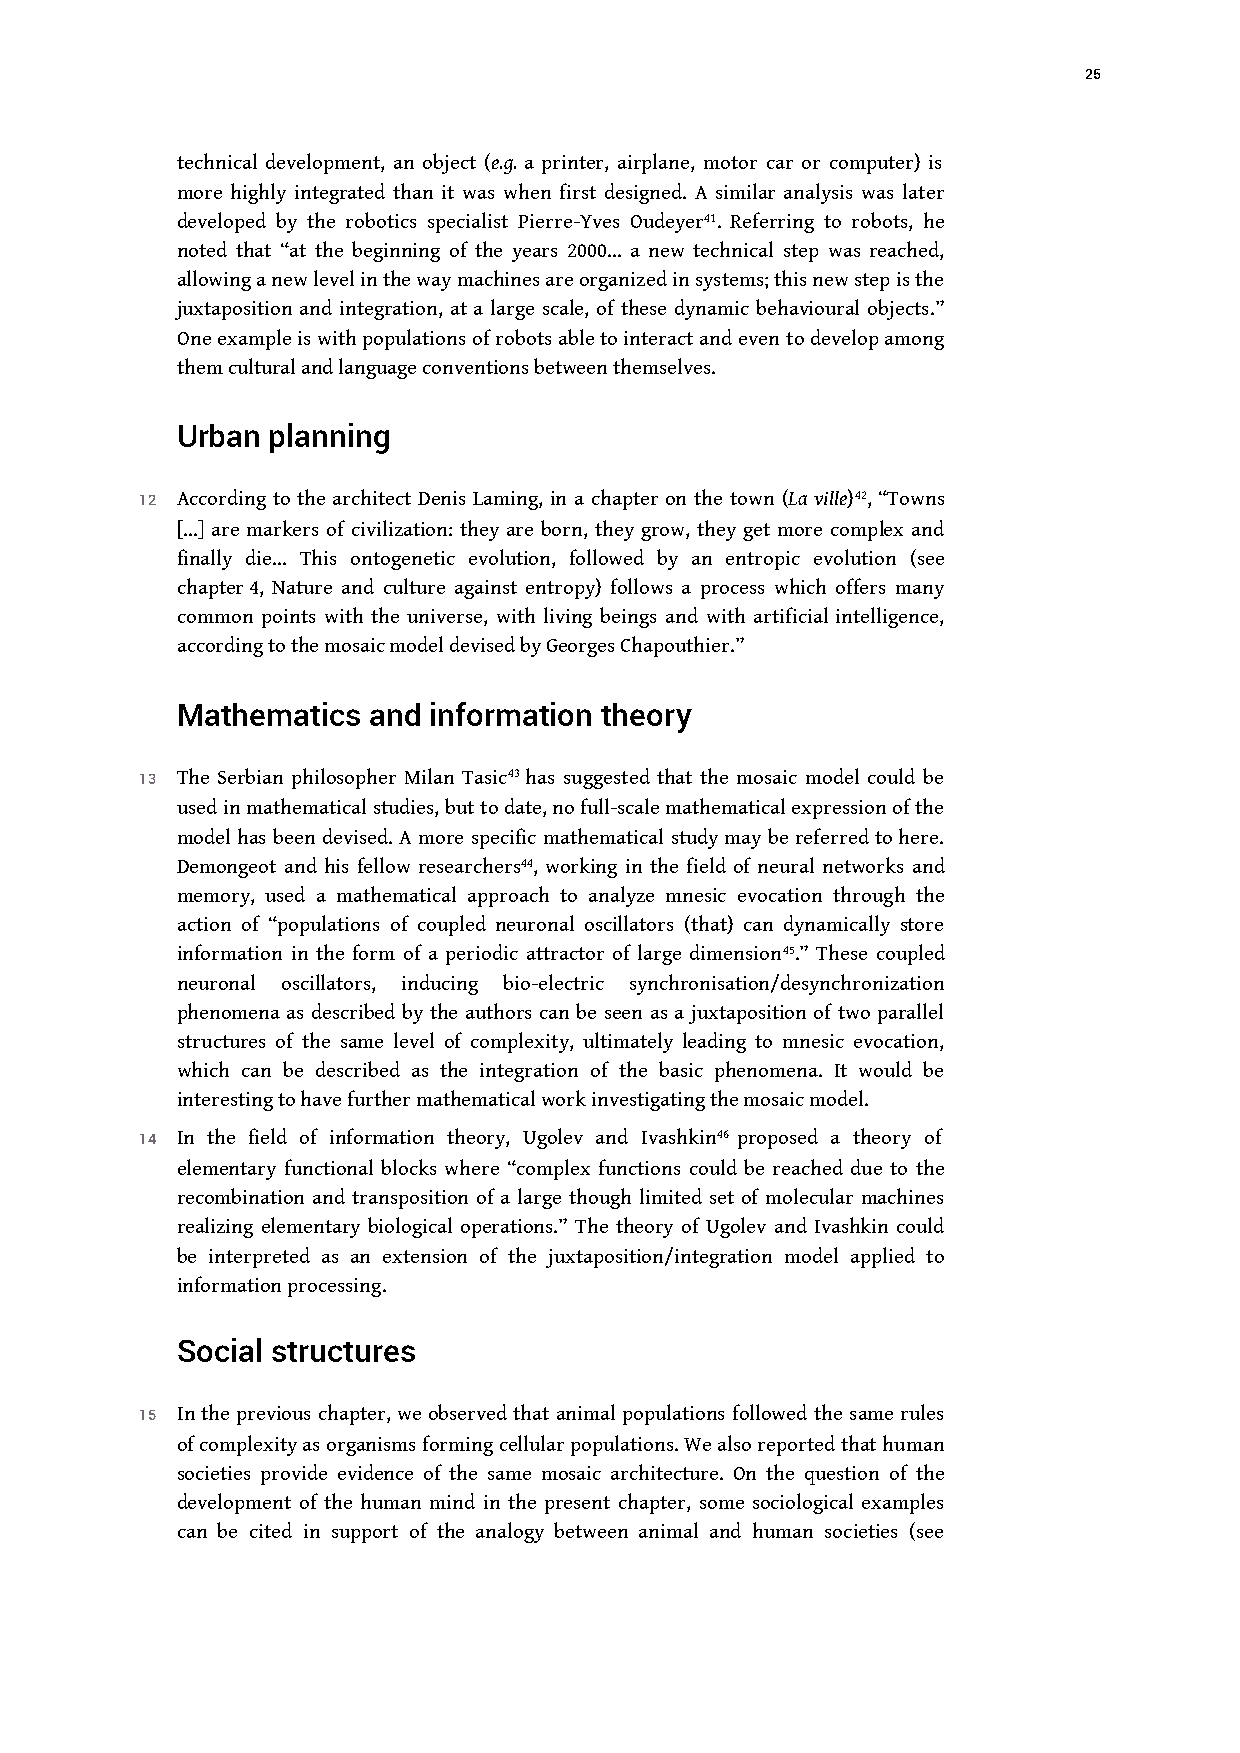
25
 technical development, an object (e.g. a printer, airplane, motor car or computer) is
 more highly integrated than it was when first designed. A similar analysis was later
 developed by the robotics specialist Pierre-Yves Oudeyer41. Referring to robots, he
 noted that “at the beginning of the years 2000… a new technical step was reached,
 allowing a new level in the way machines are organized in systems; this new step is the
 juxtaposition and integration, at a large scale, of these dynamic behavioural objects.”
 One example is with populations of robots able to interact and evento develop among
 them cultural and language conventions between themselves.
 Urban planning
 12 According to the architect Denis Laming, in a chapter on the town (La ville)42, “Towns
 […] are markers of civilization: they are born, they grow, they get more complex and
 finally die… This ontogenetic evolution, followed by an entropic evolution (see
 chapter 4, Nature and culture against entropy) follows a process which offers many
 common points with the universe, with living beings and with artificial intelligence,
 according to the mosaic model devised by Georges Chapouthier.”
 Mathematics and information theory
 13 The Serbian philosopher Milan Tasic43 has suggested that the mosaic model could be
 used in mathematical studies, but to date, no full-scale mathematicalexpression of the
 model has been devised. A more specific mathematical study may be referred to here.
 Demongeot and his fellow researchers44, working in the field of neural networks and
 memory, used a mathematical approach to analyze mnesic evocation through the
 action of “populations of coupled neuronal oscillators (that) can dynamically store
 information in the form of a periodic attractor of large dimension45.” These coupled
 neuronal oscillators, inducing bio-electric synchronisation/desynchronization
 phenomena as described by the authors can be seen as a juxtaposition of two parallel
 structures of the same level of complexity, ultimately leading to mnesic evocation,
 which can be described as the integration of the basic phenomena. It would be
 interesting to have further mathematical work investigating the mosaic model.
 14 In the field of information theory, Ugolev and Ivashkin46 proposed a theory of
 elementary functional blocks where “complex functions could be reached due to the
 recombination and transposition of a large though limited set of molecular machines
 realizing elementary biological operations.” The theory of Ugolev and Ivashkin could
 be interpreted as an extension of the juxtaposition/integration model applied to
 information processing.
 Social structures
 15 In the previous chapter, we observed that animal populations followed the same rules
 of complexity as organisms forming cellular populations. We also reported that human
 societies provide evidence of the same mosaic architecture. On the question of the
 development of the human mind in the present chapter, some sociological examples
 can be cited in support of the analogy between animal and human societies (see